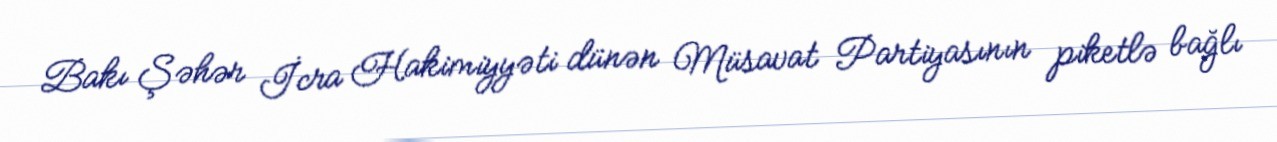
Bakı Şəhər İcra Hakimiyyəti dünən Müsavat Partiyasının piketlə bağlı